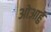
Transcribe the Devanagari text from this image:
ओआहु